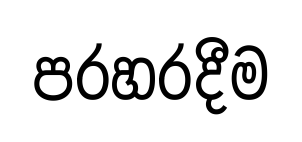
පරහරදීම